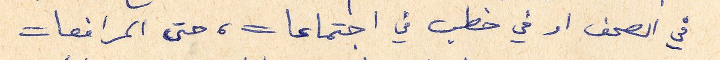
في الصحف او في خطب في اجتماعات، حتى المرافعات